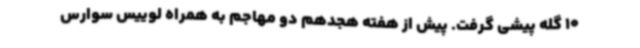
10 گله پیشی گرفت. پیش از هفته هجدهم دو مهاجم به همراه لوییس سوارس